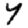
Digit: 7